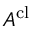
A ^ { \mathrm { c l } }